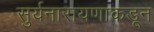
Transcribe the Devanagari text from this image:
सुर्यनारायणाकडून